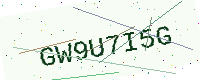
Text: GW9U7I5G